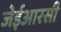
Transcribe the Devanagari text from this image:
जेईआरसी